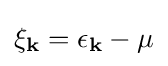
\xi _{\mathbf {k} }=\epsilon _{\mathbf {k} }-\mu